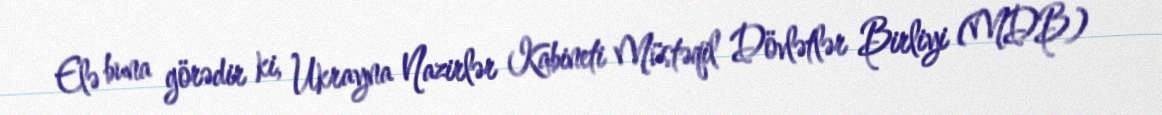
Elə buna görədir ki, Ukrayna Nazirlər Kabineti Müstəqil Dövlətlər Birliyi (MDB)